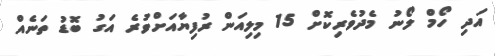
އަދި ހޯމް ލޯނު މެދުވެރިކޮށް 15 މިލިއަން ރުފިޔާއަށްވުރެ އަގު ބޮޑު ތަނެއް